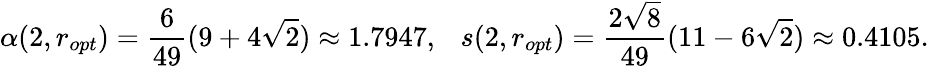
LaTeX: \alpha(2,r_{opt})=\frac{6}{49}(9+4\sqrt{2})\approx 1.7947,\ \ \ s(2,r_{opt})=\frac{2\sqrt{8}}{49}(11-6\sqrt{2})\approx 0.4105.